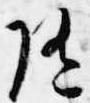
随